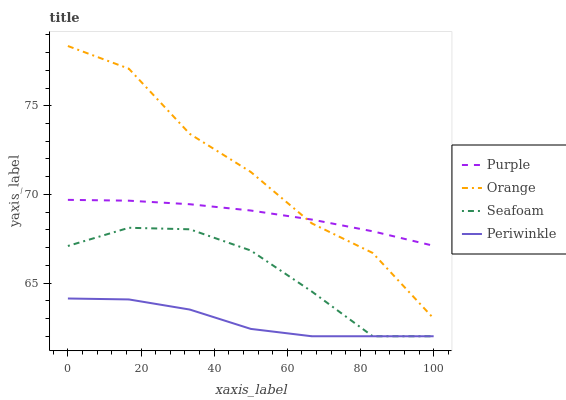
| xaxis_label | Purple | Orange | Seafoam | Periwinkle |
 | --- | --- | --- | --- | --- |
 | 0 | 69.7 | 78.4 | 67.1 | 64.1 |
 | 16.7 | 69.6 | 77.1 | 68.1 | 64.1 |
 | 33.3 | 69.4 | 73.4 | 68 | 63.5 |
 | 50 | 69.1 | 71.3 | 66.8 | 62.4 |
 | 66.7 | 68.6 | 68.4 | 64.5 | 62 |
 | 83.3 | 67.9 | 66.7 | 62 | 62 |
 | 100 | 67.1 | 63 | 62 | 62 |